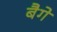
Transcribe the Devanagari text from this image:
बैगे